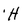
Character: H